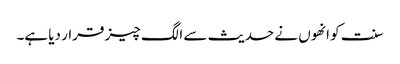
سنت کو انھوں نے حدیث سے الگ چیز قرار دیا ہے۔